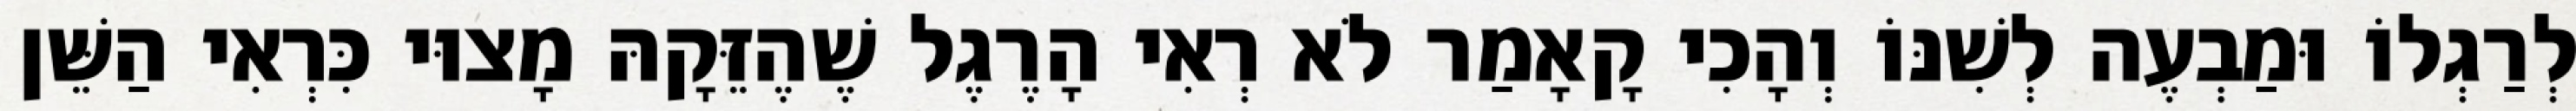
לְרַגְלוֹ וּמַבְעֶה לְשִׁנּוֹ וְהָכִי קָאָמַר לֹא רְאִי הָרֶגֶל שֶׁהֶזֵּקָהּ מָצוּי כִּרְאִי הַשֵּׁן